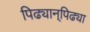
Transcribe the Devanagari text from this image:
पिढ्यान्‌पिढ्या